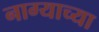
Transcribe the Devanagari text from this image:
नाग्याच्या